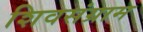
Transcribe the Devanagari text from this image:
शिवसंग्राम